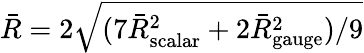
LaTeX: \bar{R}=2\sqrt{(7\bar{R}_{\mathrm{scalar}}^{2}+2\bar{R}_{\mathrm{gauge}}^{2})/9}